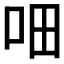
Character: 𰇐